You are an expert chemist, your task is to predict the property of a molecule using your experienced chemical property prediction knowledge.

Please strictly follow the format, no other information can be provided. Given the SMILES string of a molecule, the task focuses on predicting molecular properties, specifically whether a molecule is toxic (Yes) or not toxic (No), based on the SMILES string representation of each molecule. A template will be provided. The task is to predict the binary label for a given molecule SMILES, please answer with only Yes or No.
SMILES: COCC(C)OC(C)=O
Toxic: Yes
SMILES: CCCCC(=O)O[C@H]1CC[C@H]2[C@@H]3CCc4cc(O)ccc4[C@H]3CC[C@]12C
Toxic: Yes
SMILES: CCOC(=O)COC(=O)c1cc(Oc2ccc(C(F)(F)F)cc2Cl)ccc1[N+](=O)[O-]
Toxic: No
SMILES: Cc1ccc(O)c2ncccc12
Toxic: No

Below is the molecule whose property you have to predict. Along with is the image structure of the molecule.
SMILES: O=C1CCCc2c(O)cccc21
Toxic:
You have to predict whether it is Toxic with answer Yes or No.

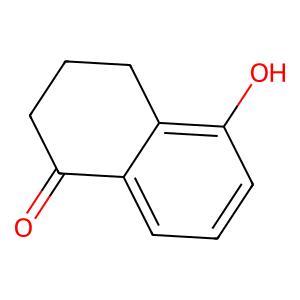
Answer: No